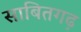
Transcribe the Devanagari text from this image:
साबितगढ़